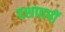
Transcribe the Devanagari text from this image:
दशपापों